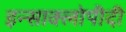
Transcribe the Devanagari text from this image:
इन्साक्लोपीदी